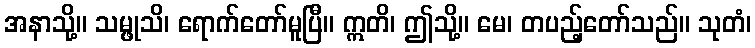
အနာသို့။ သမ္ဖုသိ၊ ရောက်တော်မူပြီ။ ဣတိ၊ ဤသို့။ မေ၊ တပည့်တော်သည်။ သုတံ၊